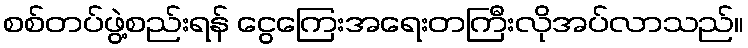
စစ်တပ်ဖွဲ့စည်းရန် ငွေကြေးအရေးတကြီးလိုအပ်လာသည်။